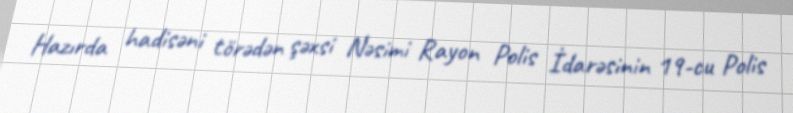
Hazırda hadisəni törədən şəxsi Nəsimi Rayon Polis İdarəsinin 19-cu Polis